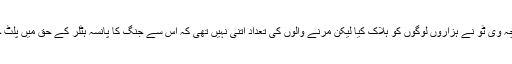
اگرچہ وی ٹُو نے ہزاروں لوگوں کو ہلاک کیا لیکن مرنے والوں کی تعداد اتنی نہیں تھی کہ اس سے جنگ کا پانسہ ہٹلر کے حق میں پلٹ جاتا۔